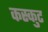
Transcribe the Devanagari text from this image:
कस्कुट